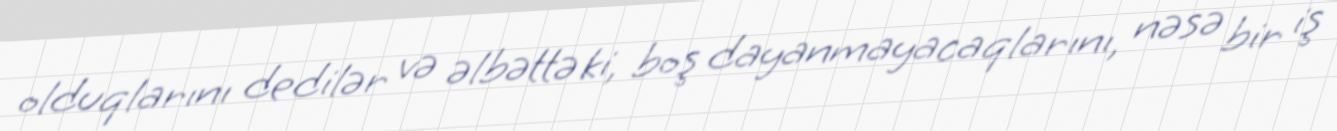
olduqlarını dedilər və əlbəttə ki, boş dayanmayacaqlarını, nəsə bir iş